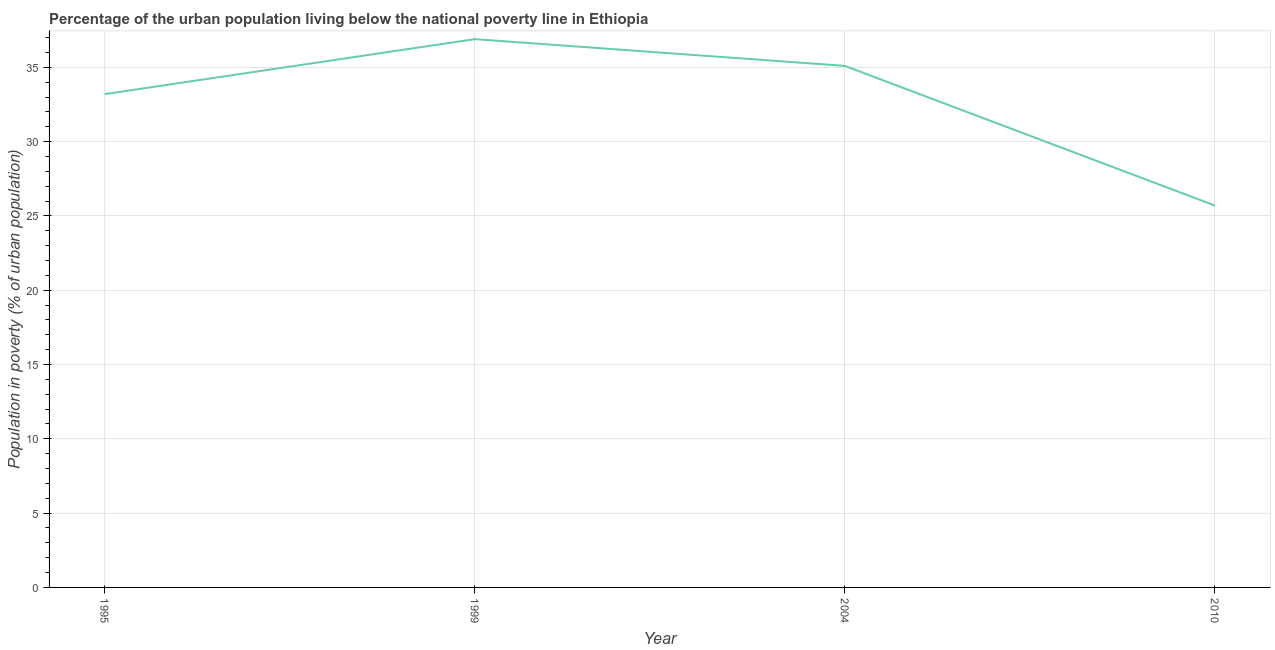
| Year | Urban poverty headcount ratio |
 | --- | --- |
 | 1995 | 33.2 |
 | 1999 | 36.9 |
 | 2004 | 35.1 |
 | 2010 | 25.7 |